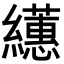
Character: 𦇠